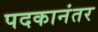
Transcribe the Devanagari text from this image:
पदकानंतर